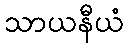
သာယနီယံ